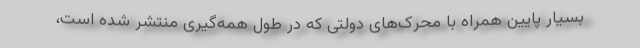
بسیار پایین همراه با محرک‌های دولتی که در طول همه‌گیری منتشر شده است،